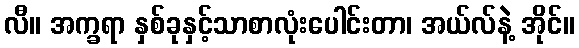
လီ။ အက္ခရာ နှစ်ခုနှင့်သာစာလုံးပေါင်းတာ၊ အယ်လ်နဲ့ အိုင်။